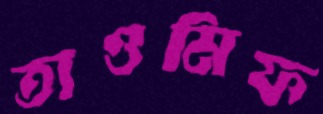
তাওমিফ